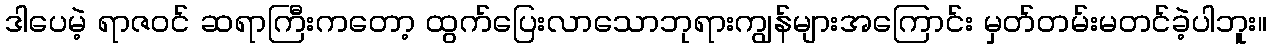
ဒါပေမဲ့ ရာဇဝင် ဆရာကြီးကတော့ ထွက်ပြေးလာသောဘုရားကျွန်များအကြောင်း မှတ်တမ်းမတင်ခဲ့ပါဘူး။